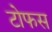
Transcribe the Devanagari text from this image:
टोफस